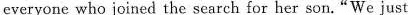
everyone who joined the search for her son."We just